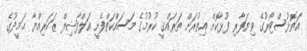
އަތޮޅުސްޓޯރުގެ ވިޔަފާރި ފުޅާކޮށް އިތުރަށް ތަރައްޤީ ކުރުމުގެ މަސައްކަތްފެށީ އަލްފާޟިލް ޒަކަރިއްޔާ ޙަމީދުގެ